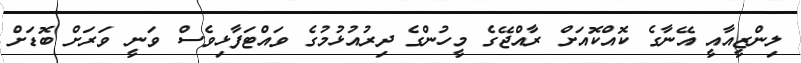
ލިންޒީއާއީ އޭނާގެ ކޮއްކޮއަށް ރާއްޖޭގެ މީހުންގެ ދިރުއުޅުމުގެ ވައްޓަފާޅިވެސް ވަނީ ވަރަށް ބޮޑަށް